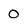
Character: 0